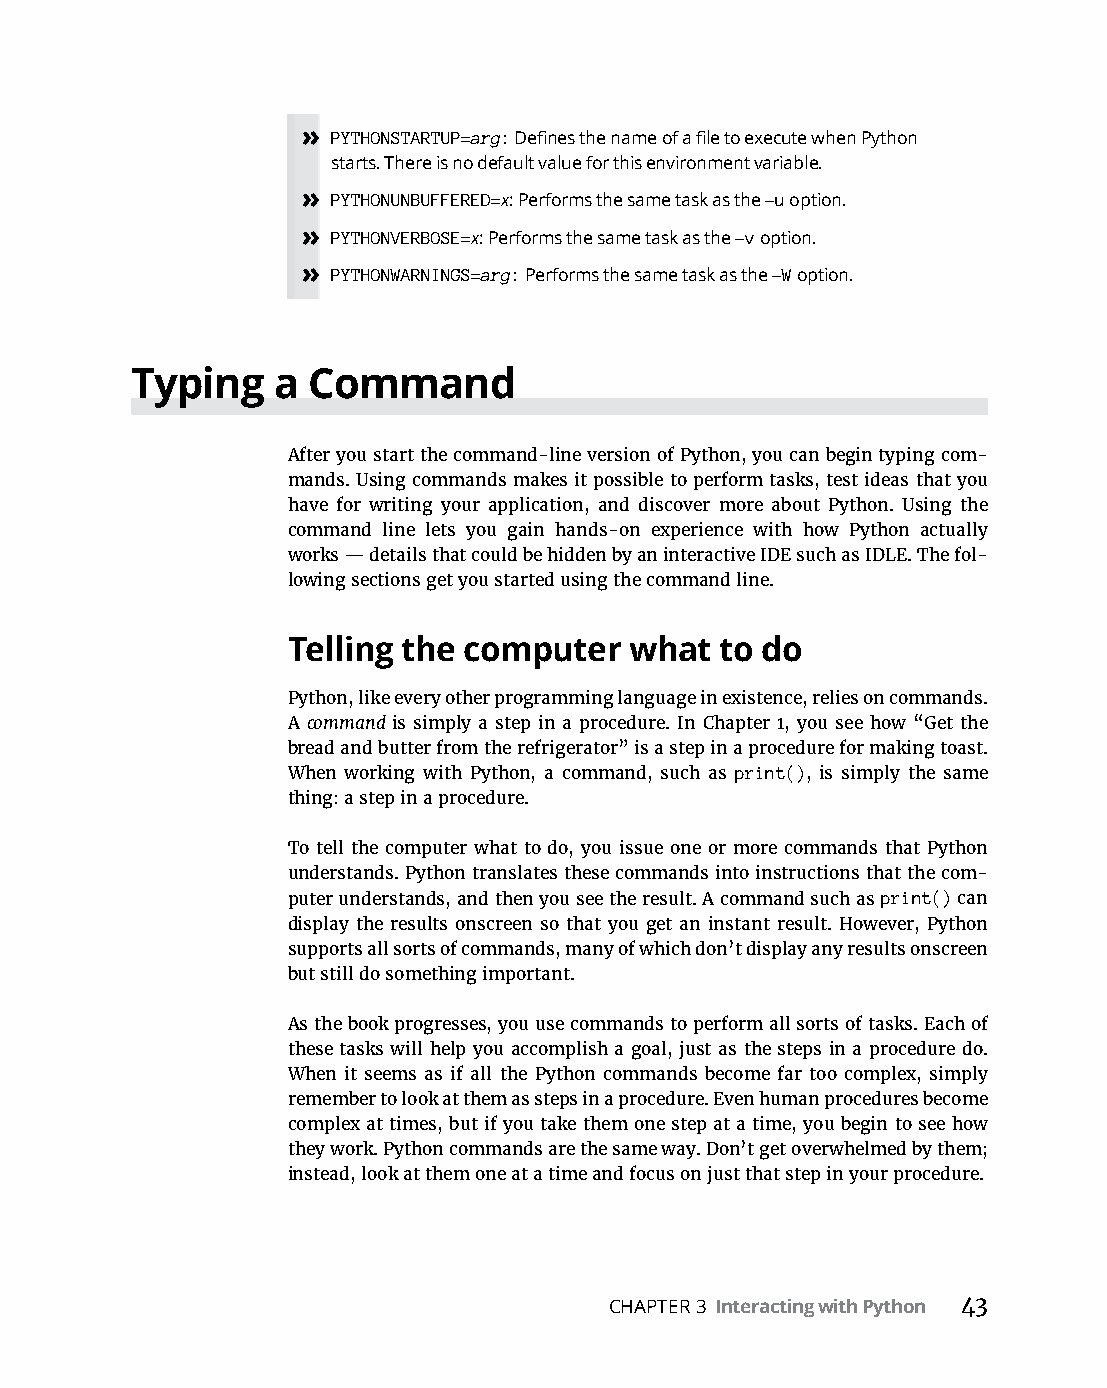
» PYTHONSTARTUP=arg: Defines the name of a file to execute when Python
 starts. There is no default value for this environment variable.
 » PYTHONUNBUFFERED=x: Performs the same task as the -u option.
 » PYTHONVERBOSE=x: Performs the same task as the -v option.
 » PYTHONWARNINGS=arg: Performs the same task as the -W option.
 Typing   a Command
 After you start the command-line version of Python, you can begin typing com-
 mands. Using commands makes it possible to perform tasks, test ideas that you
 have for writing your application, and discover more about Python. Using the
 command line lets you gain hands-on experience with how Python actually
 works — details that could be hidden by an interactive IDE such as IDLE. The fol-
 lowing sections get you started using the command line.
 Telling the computer   what  to do
 Python, like every other programming language in existence, relies on commands.
 A command is simply a step in a procedure. In Chapter 1, you see how “Get the
 bread and butter from the refrigerator” is a step in a procedure for making toast.
 When working with Python, a command, such as print(), is simply the same
 thing: a step in a procedure.
 To tell the computer what to do, you issue one or more commands that Python
 understands. Python translates these commands into instructions that the com-
 puter understands, and then you see the result. A command such as print() can
 display the results onscreen so that you get an instant result. However, Python
 supports all sorts of commands, many of which don’t display any results onscreen
 but still do something important.
 As the book progresses, you use commands to perform all sorts of tasks. Each of
 these tasks will help you accomplish a goal, just as the steps in a procedure do.
 When it seems as if all the Python commands become far too complex, simply
 remember to look at them as steps in a procedure. Even human procedures become
 complex at times, but if you take them one step at a time, you begin to see how
 they work. Python commands are the same way. Don’t get overwhelmed by them;
 instead, look at them one at a time and focus on just that step in your procedure.
 CHAPTER 3 Interacting with Python 43